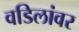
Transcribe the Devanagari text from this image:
वडिलांवर